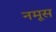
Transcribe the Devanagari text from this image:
नमूस